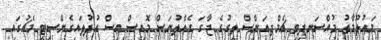
މައުލޫމާތު މުއްސަނދިވި ޗެމްޕިއަންސް ލީގުގެ ޖާގަ ގެއްލުނަސް މޮއިސް އިސް އުފުލައިގެންސިޓީ މެޗުގައި